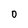
Character: O